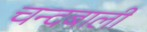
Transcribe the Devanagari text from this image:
चन्दबाली